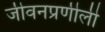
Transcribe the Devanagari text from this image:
जीवनप्रणीली